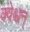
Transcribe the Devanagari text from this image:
क्वेश्चन्‌